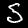
Label: 5